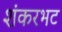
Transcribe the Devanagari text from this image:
शंकरभट